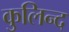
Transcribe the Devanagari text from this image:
कुलिन्द